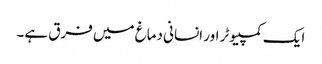
ایک کمپیوٹر اور انسانی دماغ میں فرق ہے۔